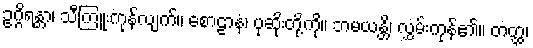
ဥဂ္ဂိရန္တာ၊ သီကြူးကုန်လျက်။ စောဠာနံ၊ ပုဆိုးတို့ကို။ ဘမယန္တိ၊ လွှမ်းကုန်၏။ တတ္ထ၊